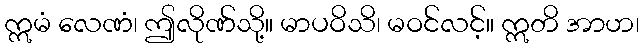
ဣမံ လေဏံ၊ ဤလိုဏ်သို့။ မာပဝိသိ၊ မဝင်လင့်။ ဣတိ အာဟ၊